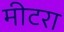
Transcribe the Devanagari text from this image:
मीटरा